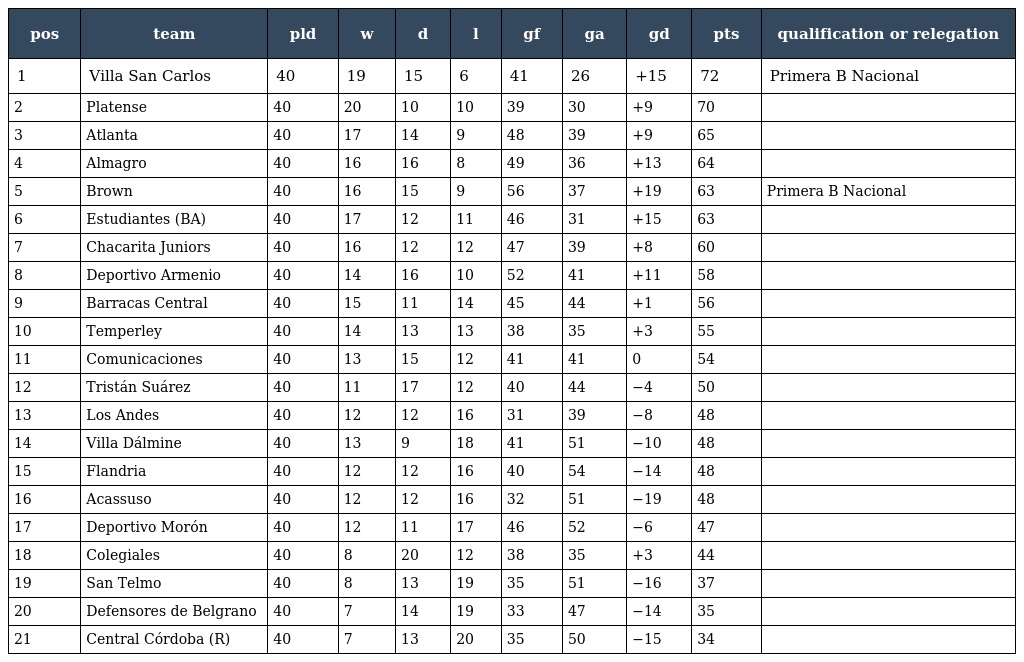
| pos | team | pld | w | d | l | gf | ga | gd | pts | qualification or relegation |
 | --- | --- | --- | --- | --- | --- | --- | --- | --- | --- | --- |
 | 1 | Villa San Carlos | 40 | 19 | 15 | 6 | 41 | 26 | +15 | 72 | Primera B Nacional |
 | 2 | Platense | 40 | 20 | 10 | 10 | 39 | 30 | +9 | 70 |  |
 | 3 | Atlanta | 40 | 17 | 14 | 9 | 48 | 39 | +9 | 65 |  |
 | 4 | Almagro | 40 | 16 | 16 | 8 | 49 | 36 | +13 | 64 |  |
 | 5 | Brown | 40 | 16 | 15 | 9 | 56 | 37 | +19 | 63 | Primera B Nacional |
 | 6 | Estudiantes (BA) | 40 | 17 | 12 | 11 | 46 | 31 | +15 | 63 |  |
 | 7 | Chacarita Juniors | 40 | 16 | 12 | 12 | 47 | 39 | +8 | 60 |  |
 | 8 | Deportivo Armenio | 40 | 14 | 16 | 10 | 52 | 41 | +11 | 58 |  |
 | 9 | Barracas Central | 40 | 15 | 11 | 14 | 45 | 44 | +1 | 56 |  |
 | 10 | Temperley | 40 | 14 | 13 | 13 | 38 | 35 | +3 | 55 |  |
 | 11 | Comunicaciones | 40 | 13 | 15 | 12 | 41 | 41 | 0 | 54 |  |
 | 12 | Tristán Suárez | 40 | 11 | 17 | 12 | 40 | 44 | −4 | 50 |  |
 | 13 | Los Andes | 40 | 12 | 12 | 16 | 31 | 39 | −8 | 48 |  |
 | 14 | Villa Dálmine | 40 | 13 | 9 | 18 | 41 | 51 | −10 | 48 |  |
 | 15 | Flandria | 40 | 12 | 12 | 16 | 40 | 54 | −14 | 48 |  |
 | 16 | Acassuso | 40 | 12 | 12 | 16 | 32 | 51 | −19 | 48 |  |
 | 17 | Deportivo Morón | 40 | 12 | 11 | 17 | 46 | 52 | −6 | 47 |  |
 | 18 | Colegiales | 40 | 8 | 20 | 12 | 38 | 35 | +3 | 44 |  |
 | 19 | San Telmo | 40 | 8 | 13 | 19 | 35 | 51 | −16 | 37 |  |
 | 20 | Defensores de Belgrano | 40 | 7 | 14 | 19 | 33 | 47 | −14 | 35 |  |
 | 21 | Central Córdoba (R) | 40 | 7 | 13 | 20 | 35 | 50 | −15 | 34 |  |